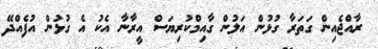
ރާއްޖެއިން ގަތަރާ ގުޅުން އަލުން ގާއިމްކުރިޔަސް އީރާނާ އެކު އެ ގުޅުން އުފެއްދޭ